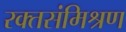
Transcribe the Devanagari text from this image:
रक्तसंमिश्रण